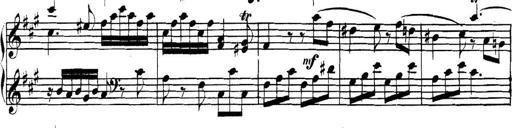
Title: Collected Piano Sonatas
Composer: Muzio Clementi